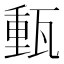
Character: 𤭮